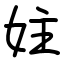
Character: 妵